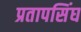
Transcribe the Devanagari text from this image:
प्रतापसिंघ